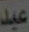
عبد